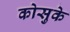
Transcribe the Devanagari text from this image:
कोसुके